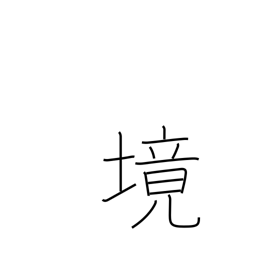
Meaning: region